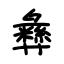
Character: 彝